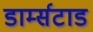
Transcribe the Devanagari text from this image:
डार्म्सटाड